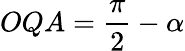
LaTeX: OQA={\frac{\pi}{2}}-\alpha